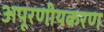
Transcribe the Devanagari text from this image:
अपूरणीयकरण